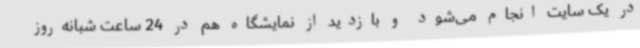
در یک سایت انجام می‌شود و بازدید از نمایشگاه هم در 24 ساعت شبانه‌روز